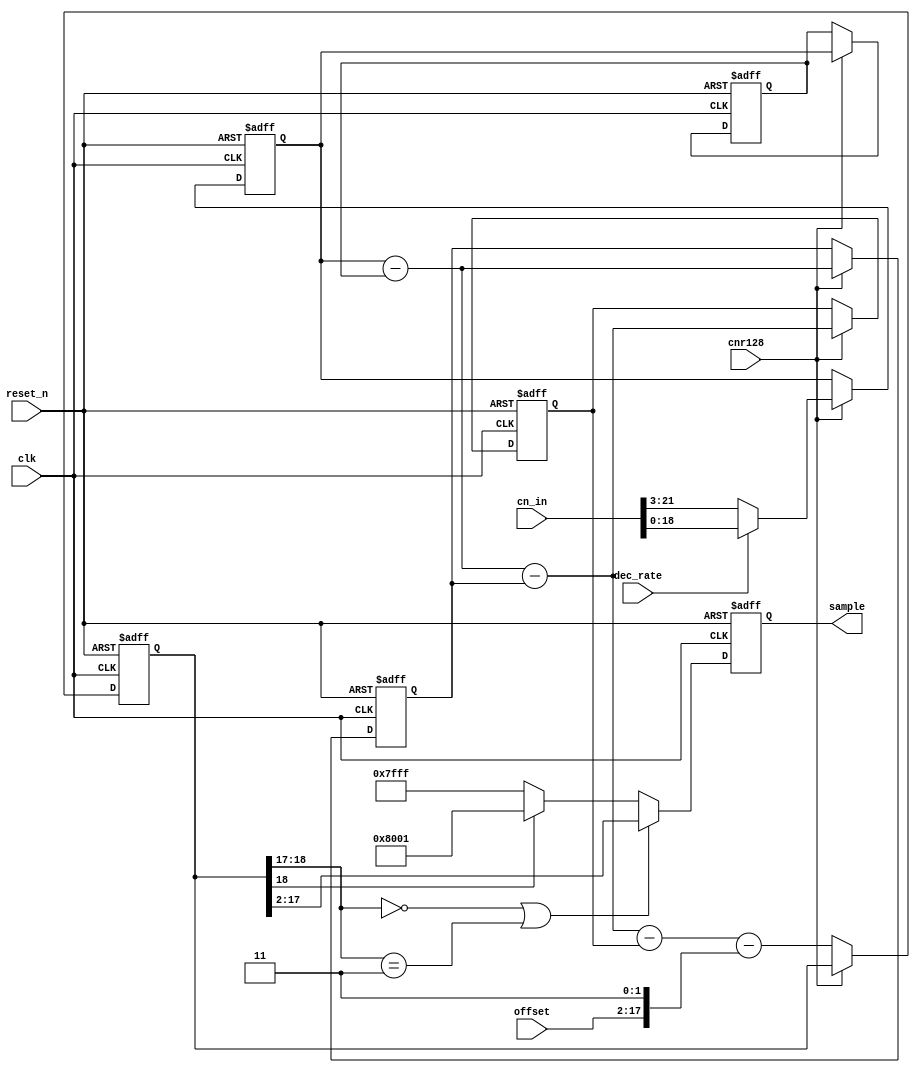
// Copyright (C) 1991-2011 Altera Corporation
// Your use of Altera Corporation's design tools, logic functions 
// and other software and tools, and its AMPP partner logic 
// functions, and any output files from any of the foregoing 
// (including device programming or simulation files), and any 
// associated documentation or information are expressly subject 
// to the terms and conditions of the Altera Program License 
// Subscription Agreement, Altera MegaCore Function License 
// Agreement, or other applicable license agreement, including, 
// without limitation, that your use is for the sole purpose of 
// programming logic devices manufactured by Altera and sold by 
// Altera or its authorized distributors.  Please refer to the 
// applicable agreement for further details.

// Sinc3 filter differentiator based on "Combining the ADS1202 with
// an FPGA Digital Filter for Current Measurement in Motor Control
// Applications" TI Application report SBAA094 June 2003

// Sinc3 filter differentiator based on "Combining the ADS1202 with
// an FPGA Digital Filter for Current Measurement in Motor Control
// Applications" TI Application report SBAA094 June 2003
//
// For a 3 stage Sinc3 filter, each 2x increase in decimation rate
// requires 3 extra bits in the data path

`timescale 1ns/1ns

module ssg_emb_sd_adc_dec128 (
    input               clk,        // ADC clock
    input               reset_n,    // syetm reset
    input               cnr128,     // Decimator pulse
    input               dec_rate,   // Decimation rate control register bit 1: M=64, 0: M=128
    input [15:0]        offset,     // zero offset register
    input [21:0]        cn_in,      // Input from integrator
    
    output reg [15:0]   sample      // Output sample
);

reg [18:0] dn0, dn1, dn3, dn5, sample_x;
wire [18:0] cn3, cn4, cn5;

always @(posedge clk or negedge reset_n)
    if (~reset_n)
    begin
        dn0 <= 19'b0;
        dn1 <= 19'b0;
        dn3 <= 19'b0;
        dn5 <= 19'b0;
        sample_x <= 19'b0;
    end
    else if (cnr128)
    begin
        dn0 <= dec_rate ? cn_in[18:0] : cn_in[21:3];
        dn1 <= dn0;
        dn3 <= cn3;
        dn5 <= cn4;
    end
    else
        sample_x <= cn5 - {1'b0, offset, 2'b11};

assign cn3 = dn0 - dn1;
assign cn4 = cn3 - dn3;
assign cn5 = cn4 - dn5;

always @(posedge clk or negedge reset_n)
    if (~reset_n)
        sample <= 16'b0;
    else
        if ((sample_x[18:17] == 2'b00) || (sample_x[18:17] == 2'b11))
            sample <= sample_x[17:2];
        else if (sample_x[18] == 1'b0)      // Limit to +ve full scale
            sample <= 16'h7FFF;
        else if (sample_x[18] == 1'b1)      // Limit to -ve full scale
            sample <= 16'h8001;

endmodule   // ssg_emb_sd_adc_dec128